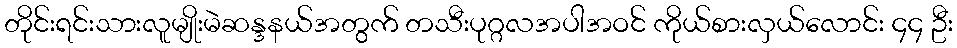
တိုင်းရင်းသားလူမျိုးမဲဆန္ဒနယ်အတွက် တသီးပုဂ္ဂလအပါအဝင် ကိုယ်စားလှယ်လောင်း ၄၄ ဦး